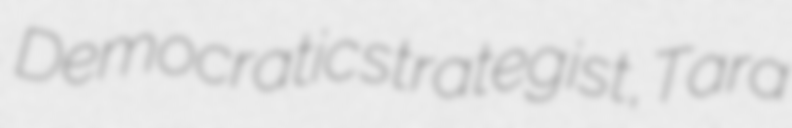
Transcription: Democratic strategist, Tara